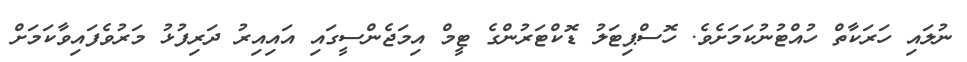
ނުލައި ހަރަކާތް ހުއްޓުނުކަމަށެވެ. ހޮސްޕިޓަލު ޑޮކްޓަރުންގެ ޓީމް އިމަޖެންސީގައި އައިއިރު ދަރިފުޅު މަރުވެފައިވާކަމަށް